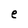
Character: e